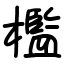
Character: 檻